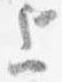
上